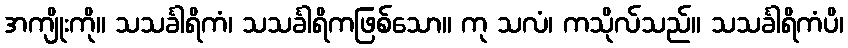
အကျိုးကို။ သသင်္ခါရိကံ၊ သသင်္ခါရိကဖြစ်သော။ ကု သလံ၊ ကသိုလ်သည်။ သသင်္ခါရိကံပိ၊